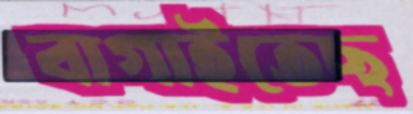
বাগাইতেছ